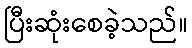
ပြီးဆုံးစေခဲ့သည်။